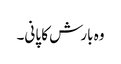
وہ بارش کا پانی۔